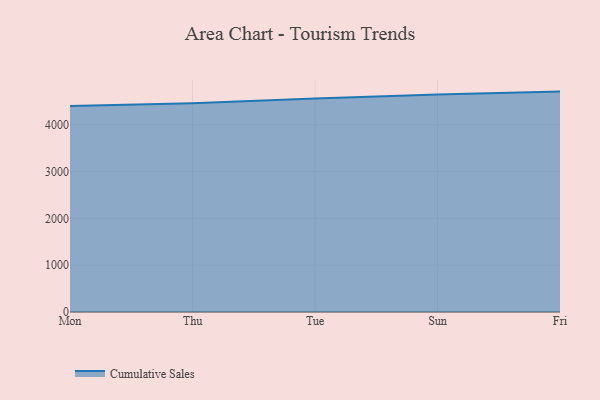
{"axis": {"x": "Day", "y": "Humidity (%)"}, "legend": ["Cumulative Sales"], "data": [{"x": "Mon", "y": 4399.6, "type": "Cumulative Sales"}, {"x": "Thu", "y": 4462.3, "type": "Cumulative Sales"}, {"x": "Tue", "y": 4564.4, "type": "Cumulative Sales"}, {"x": "Sun", "y": 4647.6, "type": "Cumulative Sales"}, {"x": "Fri", "y": 4709.5, "type": "Cumulative Sales"}]}